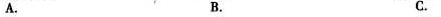
A. B. C.